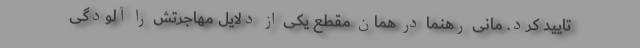
تایید کرد. مانی رهنما در همان مقطع یکی از دلایل مهاجرتش را آلودگی